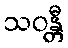
သဝန္တီ